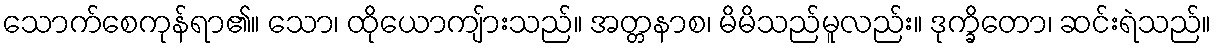
သောက်စေကုန်ရာ၏။ သော၊ ထိုယောကျ်ားသည်။ အတ္တနာစ၊ မိမိသည်မူလည်း။ ဒုက္ခိတော၊ ဆင်းရဲသည်။